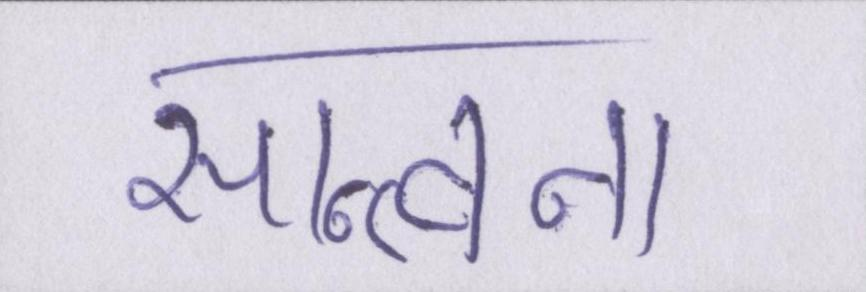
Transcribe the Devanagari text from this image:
सान्त्वना